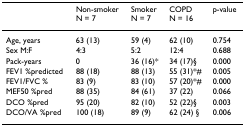
<table><thead><tr><td></td><td><b>Non-smokerN = 7</b></td><td><b>SmokerN = 7</b></td><td><b>COPDN = 16</b></td><td><b>p-value</b></td></tr></thead><tbody><tr><td>Age, years</td><td>63 (13)</td><td>59 (4)</td><td>62 (10)</td><td>0.754</td></tr><tr><td>Sex M:F</td><td>4:3</td><td>5:2</td><td>12:4</td><td>0.688</td></tr><tr><td>Pack-years</td><td>0</td><td>36 (16)*</td><td>34 (17)§</td><td>0.000</td></tr><tr><td>FEV1 %predicted</td><td>88 (18)</td><td>88 (13)</td><td>55 (31)*#</td><td>0.005</td></tr><tr><td>FEV1/FVC %</td><td>83 (9)</td><td>83 (10)</td><td>57 (20)*#</td><td>0.000</td></tr><tr><td>MEF50 %pred</td><td>88 (35)</td><td>84 (61)</td><td>37 (22)</td><td>0.066</td></tr><tr><td>DCO %pred</td><td>95 (20)</td><td>82 (10)</td><td>52 (22)§</td><td>0.003</td></tr><tr><td>DCO/VA %pred</td><td>100 (18)</td><td>89 (9)</td><td>62 (24) §</td><td>0.006</td></tr></tbody></table>